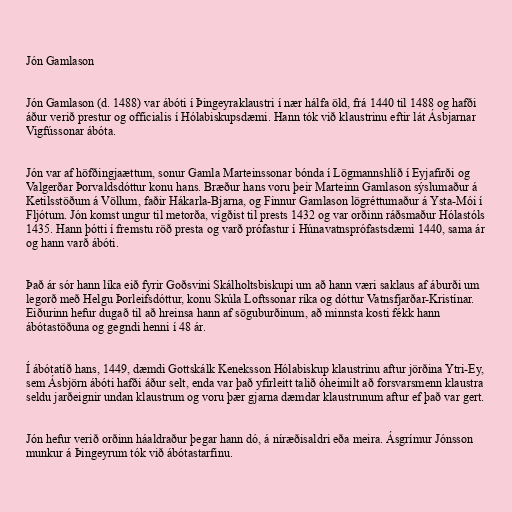
Jón Gamlason

Jón Gamlason (d. 1488) var ábóti í Þingeyraklaustri í nær hálfa öld, frá 1440 til 1488 og hafði
áður verið prestur og officialis í Hólabiskupsdæmi. Hann tók við klaustrinu eftir lát Ásbjarnar
Vigfússonar ábóta.

Jón var af höfðingjaættum, sonur Gamla Marteinssonar bónda í Lögmannshlíð í Eyjafirði og
Valgerðar Þorvaldsdóttur konu hans. Bræður hans voru þeir Marteinn Gamlason sýslumaður á
Ketilsstöðum á Völlum, faðir Hákarla-Bjarna, og Finnur Gamlason lögréttumaður á Ysta-Mói í
Fljótum. Jón komst ungur til metorða, vígðist til prests 1432 og var orðinn ráðsmaður Hólastóls
1435. Hann þótti í fremstu röð presta og varð prófastur í Húnavatnsprófastsdæmi 1440, sama ár
og hann varð ábóti.

Það ár sór hann líka eið fyrir Goðsvini Skálholtsbiskupi um að hann væri saklaus af áburði um
legorð með Helgu Þorleifsdóttur, konu Skúla Loftssonar ríka og dóttur Vatnsfjarðar-Kristínar.
Eiðurinn hefur dugað til að hreinsa hann af söguburðinum, að minnsta kosti fékk hann
ábótastöðuna og gegndi henni í 48 ár.

Í ábótatíð hans, 1449, dæmdi Gottskálk Keneksson Hólabiskup klaustrinu aftur jörðina Ytri-Ey,
sem Ásbjörn ábóti hafði áður selt, enda var það yfirleitt talið óheimilt að forsvarsmenn klaustra
seldu jarðeignir undan klaustrum og voru þær gjarna dæmdar klaustrunum aftur ef það var gert.

Jón hefur verið orðinn háaldraður þegar hann dó, á níræðisaldri eða meira. Ásgrímur Jónsson
munkur á Þingeyrum tók við ábótastarfinu.